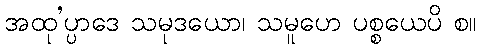
အထု’ပ္ပာဒေ သမုဒယော၊ သမူဟေ ပစ္စယေပိ စ။